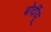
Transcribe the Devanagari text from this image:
बोर्दीयू